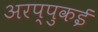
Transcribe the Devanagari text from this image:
अरप्पुकई